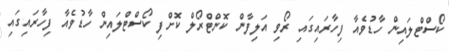
ކޯސްޓްލައިން ހާޑުވެއާ ފިހާރައިގައި ރޯވި އަލިފާން ކޮންޓްރޯލް ކޮށްފި ކޯސްޓްލައިން ހާޑުވެއާ ފިހާރައިގައި